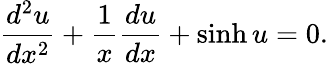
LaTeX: \frac{d^{2}u}{dx^{2}}+\frac{1}{x}\frac{du}{dx}+\sinh u=0.